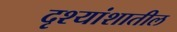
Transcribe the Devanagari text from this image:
दृश्यांशातील